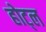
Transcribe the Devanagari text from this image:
होट्ल